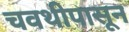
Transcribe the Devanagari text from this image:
चवथीपासून